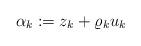
LaTeX: \begin{align*}\alpha_k:=z_k+\varrho_k u_k\end{align*}